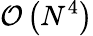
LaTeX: \mathcal{O}\left(N^{4}\right)